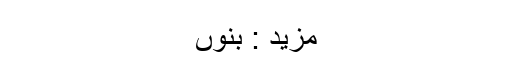
مزید : بنوں